画像に写った文字を読んでください
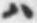
「ハ」と書いてあります